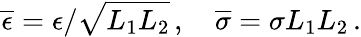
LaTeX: \overline{{\epsilon}}=\epsilon/\sqrt{L_{1}L_{2}}\, ,\quad\overline{{\sigma}}=\sigma L_{1}L_{2}\, .